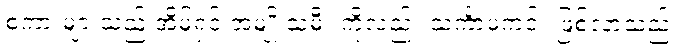
စကားများသည့် အိမ်ရှင် အမျိုးသမီး ကိုလည်း သင်္ကာမကင်း ဖြစ်လာသည်။